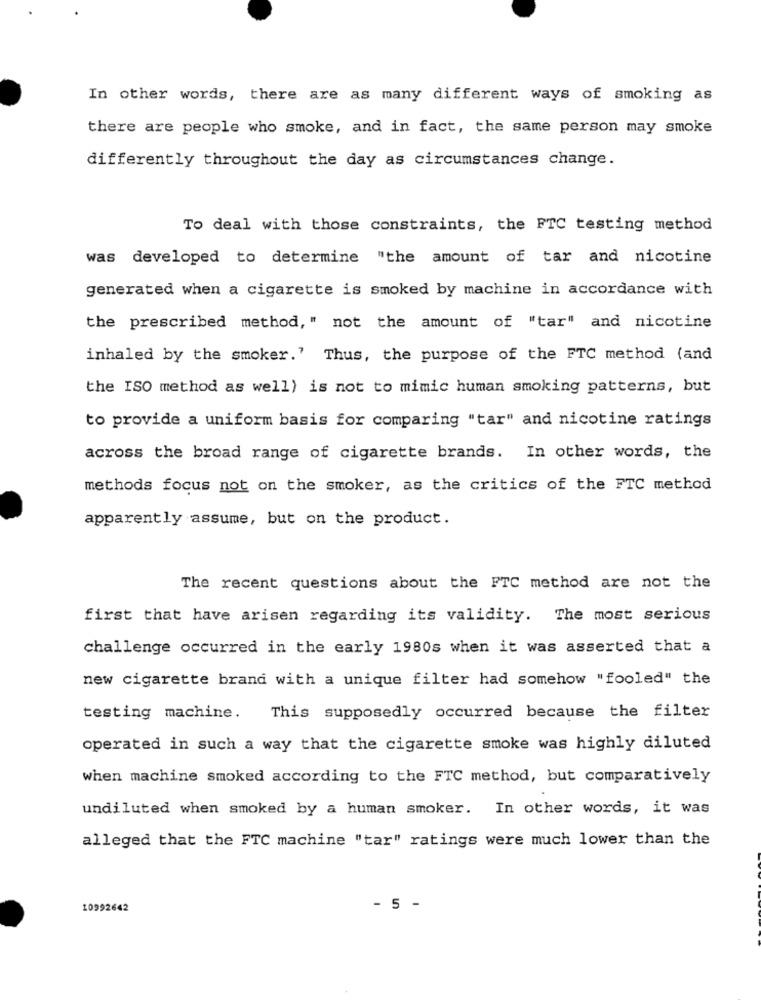
In other words, there are as many different ways of smoking as
there are people who smoke, and in fact, the same person may smoke
differently throughout the day as circumstances change.
To deal with those constraints, the FTC testing method
was developed to determine "the amount of tar and nicotine
generated when a cigarette is smoked by machine in accordance with
the prescribed method," not the amount of "tar" and nicotine
inhaled by the smoker.' Thus, the purpose of the FTC method (and
the ISO method as well) is not to mimic human smoking patterns, but
to provide a uniform basis for comparing "tar" and nicotine ratings
across the broad range of cigarette brands. In other words, the
methods focus not on the smoker, as the critics of the FTC method
apparently assume, but on the product.
The recent questions about the FTC method are not the
first that have arisen regarding its validity. The most serious
challenge occurred in the early 1980s when it was asserted that a
new cigarette brand with a unique filter had somehow "fooled" the
testing machine.
This supposedly occurred because the filter
operated in such a way that the cigarette smoke was highly diluted
when machine smoked according to the FTC method, but comparatively
undiluted when smoked by a human smoker. In other words, it was
alleged that the FTC machine "tar" ratings were much lower than the
10992642
- 5 -